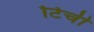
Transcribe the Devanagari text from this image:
टिची